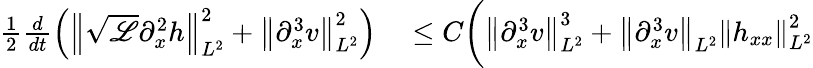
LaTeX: \begin{array}{rl}{\frac{1}{2}\frac{d}{dt}\left(\left\| \sqrt{\mathscr{L}}\partial_{x}^{2}h\right\| _{L^{2}}^{2}+\left\| \partial_{x}^{3}v\right\| _{L^{2}}^{2}\right)}&{{}\leq C\bigg(\left\| \partial_{x}^{3}v\right\| _{L^{2}}^{3}+\left\| \partial_{x}^{3}v\right\| _{L^{2}}\left\| h_{xx}\right\| _{L^{2}}^{2}}\end{array}